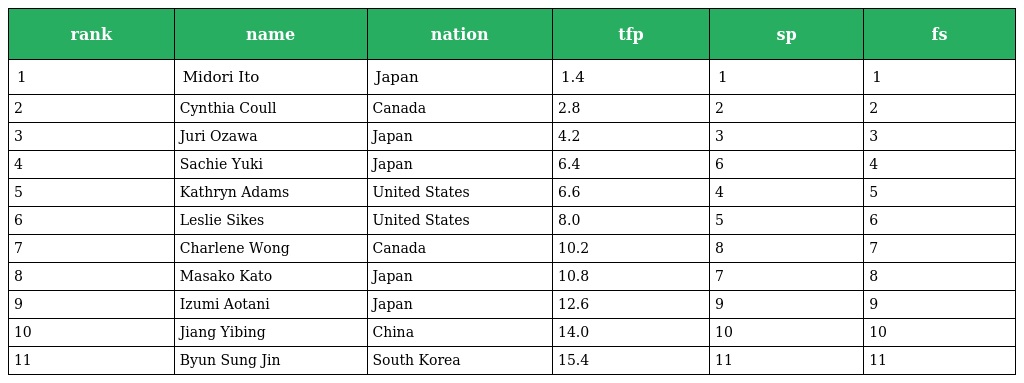
| rank | name | nation | tfp | sp | fs |
 | --- | --- | --- | --- | --- | --- |
 | 1 | Midori Ito | Japan | 1.4 | 1 | 1 |
 | 2 | Cynthia Coull | Canada | 2.8 | 2 | 2 |
 | 3 | Juri Ozawa | Japan | 4.2 | 3 | 3 |
 | 4 | Sachie Yuki | Japan | 6.4 | 6 | 4 |
 | 5 | Kathryn Adams | United States | 6.6 | 4 | 5 |
 | 6 | Leslie Sikes | United States | 8.0 | 5 | 6 |
 | 7 | Charlene Wong | Canada | 10.2 | 8 | 7 |
 | 8 | Masako Kato | Japan | 10.8 | 7 | 8 |
 | 9 | Izumi Aotani | Japan | 12.6 | 9 | 9 |
 | 10 | Jiang Yibing | China | 14.0 | 10 | 10 |
 | 11 | Byun Sung Jin | South Korea | 15.4 | 11 | 11 |